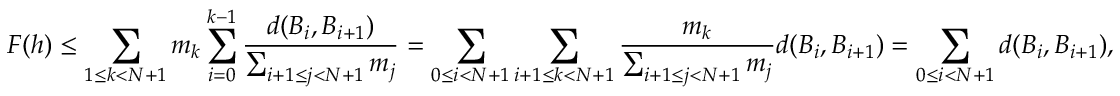
F ( h ) \leq \sum _ { 1 \leq k < N + 1 } m _ { k } \sum _ { i = 0 } ^ { k - 1 } \frac { d ( B _ { i } , B _ { i + 1 } ) } { \sum _ { i + 1 \leq j < N + 1 } m _ { j } } = \sum _ { 0 \leq i < N + 1 } \sum _ { i + 1 \leq k < N + 1 } \frac { m _ { k } } { \sum _ { i + 1 \leq j < N + 1 } m _ { j } } d ( B _ { i } , B _ { i + 1 } ) = \sum _ { 0 \leq i < N + 1 } d ( B _ { i } , B _ { i + 1 } ) ,